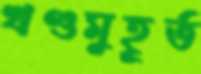
খণ্ডমুহূর্ত